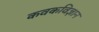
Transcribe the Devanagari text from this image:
कवकविज्ञान